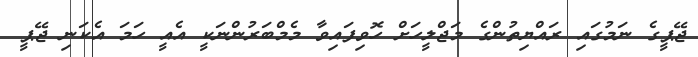
ޖޭޕީގެ ނަމުގައި ރައްޔިތުންގެ މަޖްލީހަށް ހޮވިފައިވާ މެމްބަރުންނަކީ އެއީ ހަމަ އެކަނި ޖޭޕީ